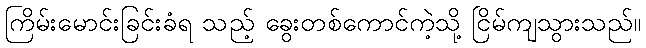
ကြိမ်းမောင်းခြင်းခံရ သည့် ခွေးတစ်ကောင်ကဲ့သို့ ငြိမ်ကျသွားသည်။